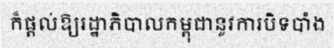
ក៏ផ្តល់ឱ្យរដ្ឋាភិបាលកម្ពុជានូវការបិទបាំង